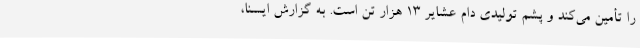
را تأمین می‌کند و پشم تولیدی دام عشایر 13 هزار تن است. به گزارش ایسنا،